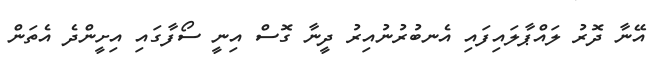
އޭނާ ދޮރު ލައްޕާލައިފައި އެނބުރުނުއިރު ދީނާ ގޮސް އިނީ ސޯފާގައި އިށީންދެ އެތަން